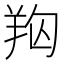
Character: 𦍨